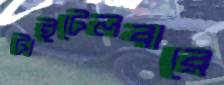
টাইটেলবারে